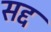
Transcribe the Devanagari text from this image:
सद्द